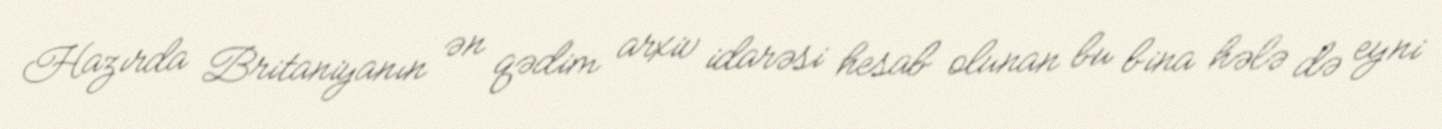
Hazırda Britaniyanın ən qədim arxiv idarəsi hesab olunan bu bina hələ də eyni